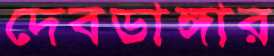
দেবডাঙ্গার